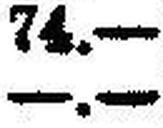
—.—